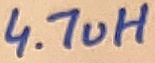
Text: 4.7uH